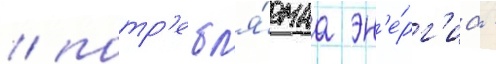
/ потр'ебл'я́емаа эн'е́рг'иа -